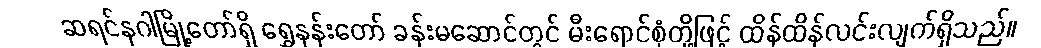
ဆရင်နဂါမြို့တော်ရှိ ရွှေနန်းတော် ခန်းမဆောင်တွင် မီးရောင်စုံတို့ဖြင့် ထိန်ထိန်လင်းလျက်ရှိသည်။